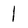
Character: I